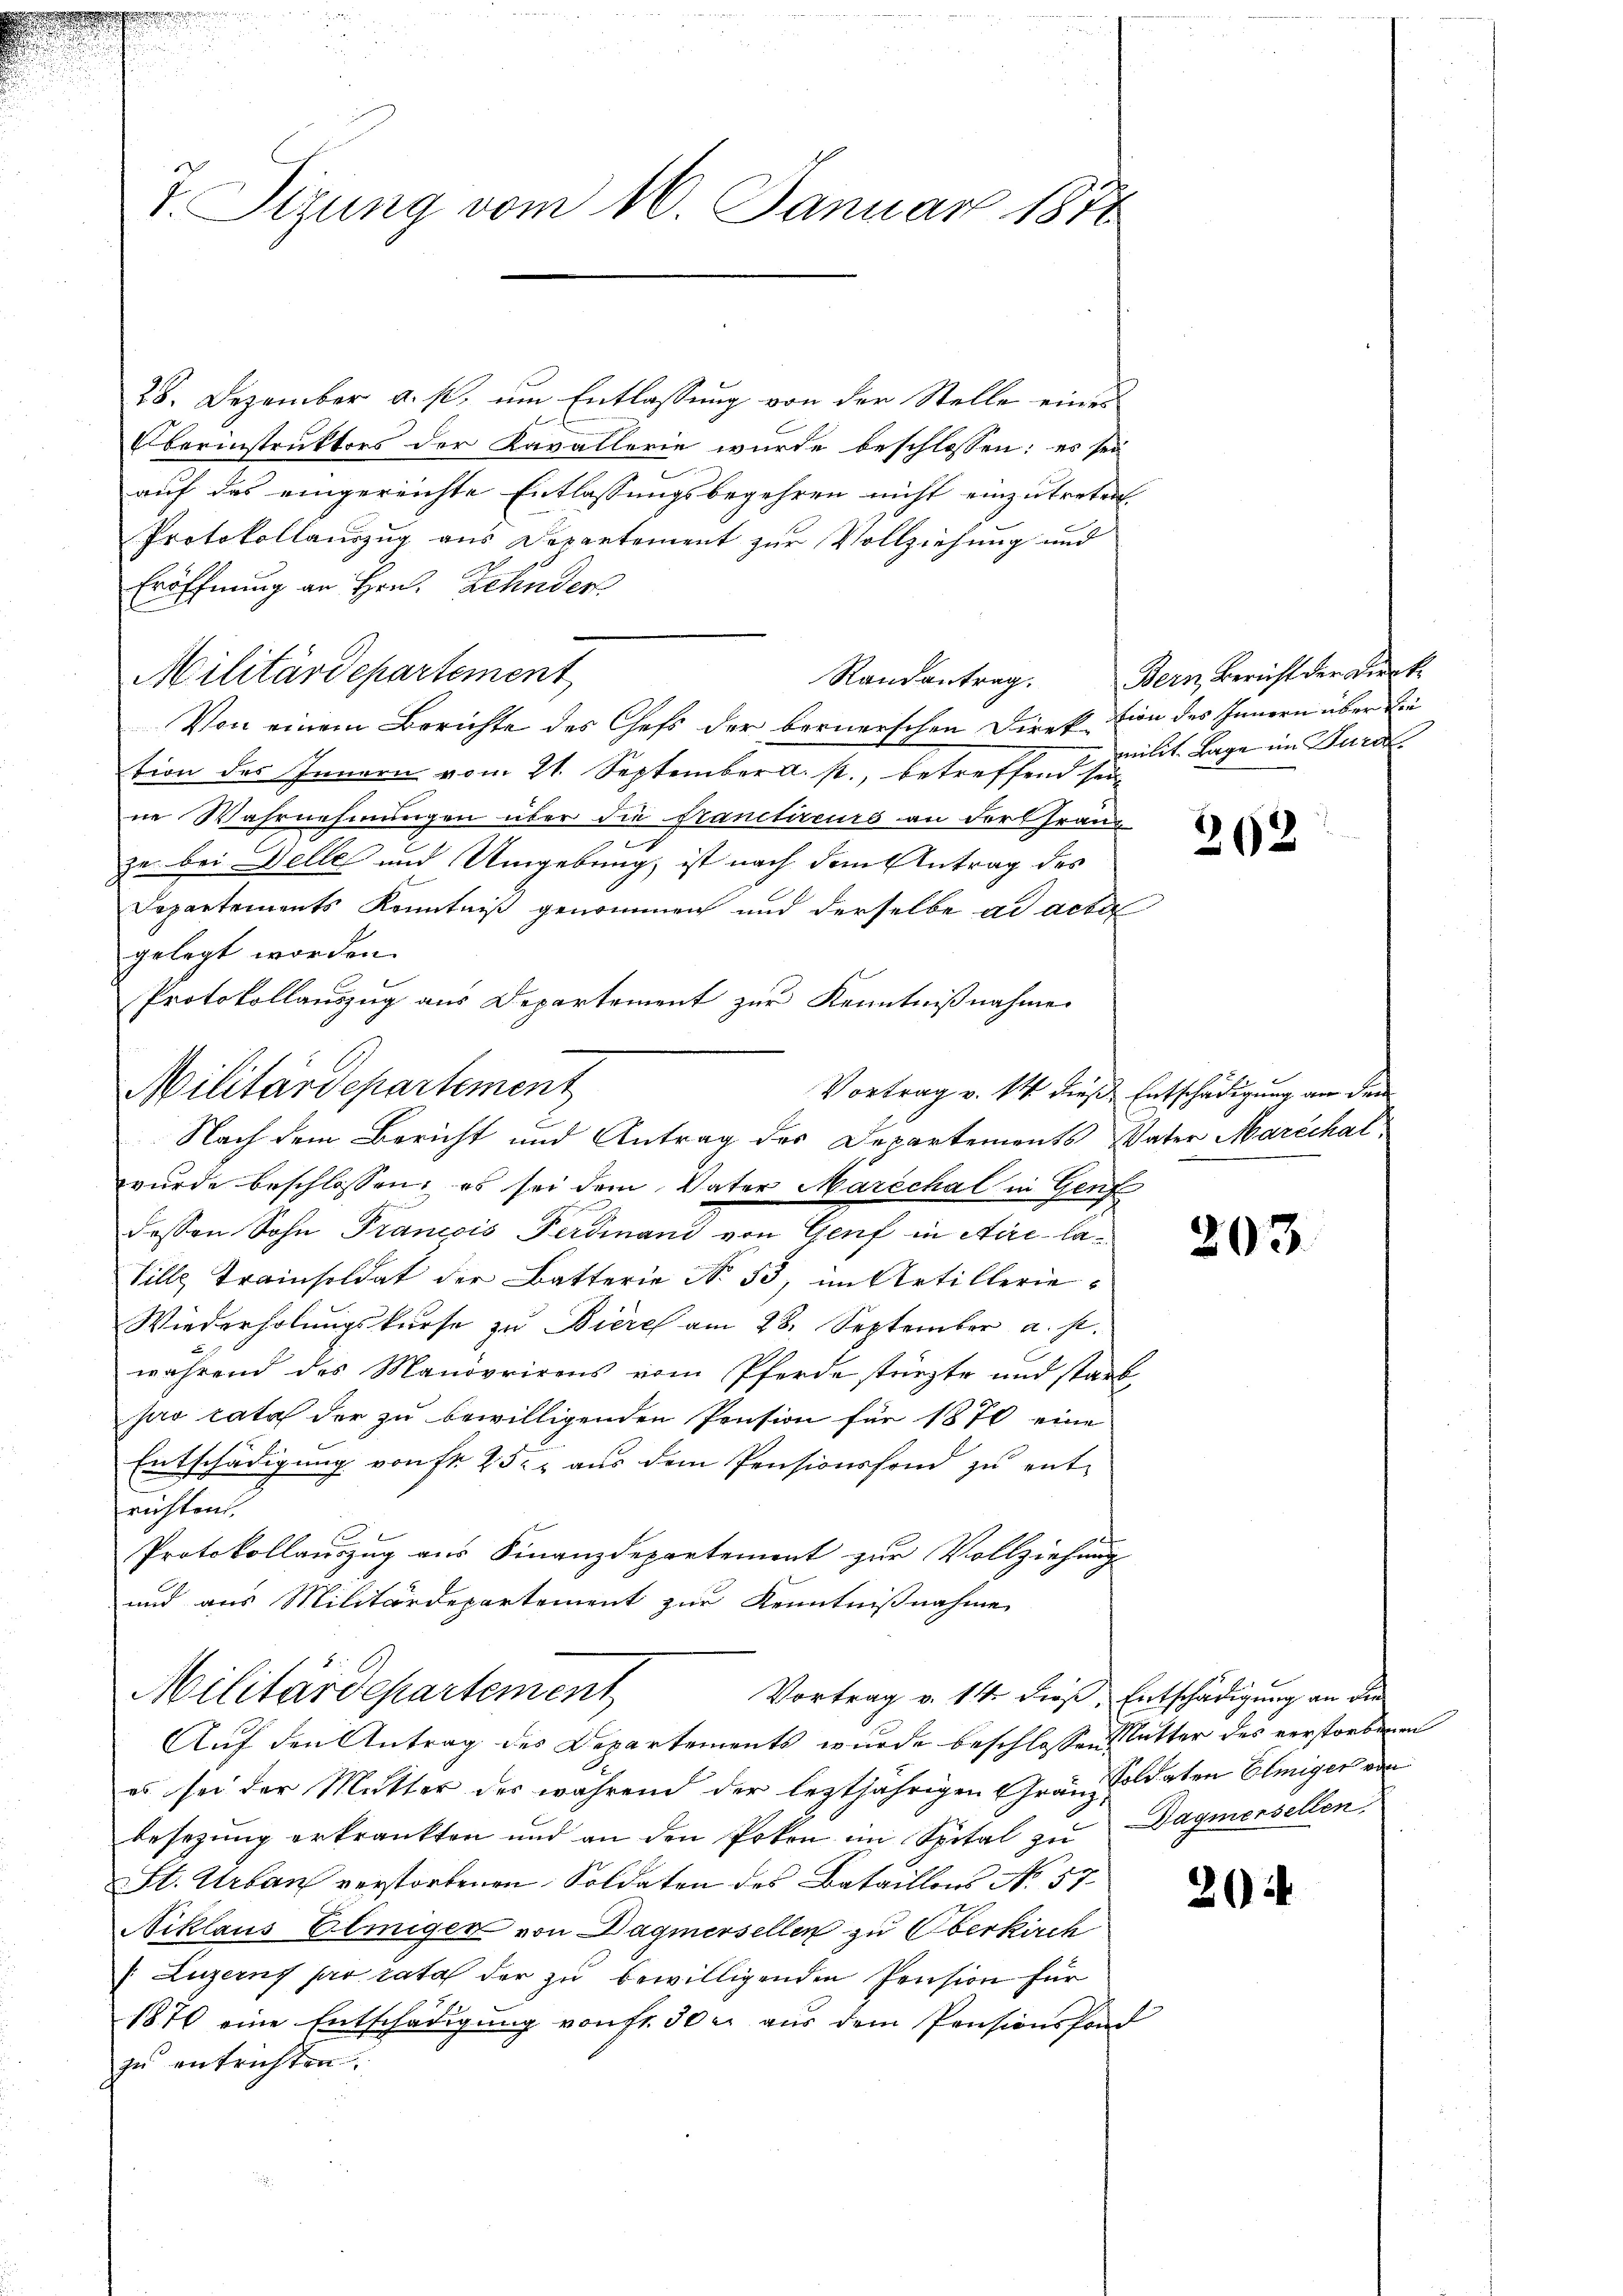
7. Sizung vom 16. Januar 1878

28. Dezember a. p. um Entlassung von der Stelle eines
Oberinstruktors der Kavallerie wurde beschlossen: es sei
auf das eingereichte Entlassungsbegehren nicht einzutreten.
Protokollauszug aus Departement zur Vollziehung und
Eröffnung an Hrn. Zehnder
Militärdepartement
Von einem Berichte des Chefs der bernerschen Direktion des Innern über bei
tion des Innern vom 21. September a. p., betreffend sei
ne Wahrnehmungen über die Sanctircurs an der Grauz
7
ze bei Delle und Umgebung, ist nach dem Antrag des
Departements Kenntniß genommen und derselbe ad acta
gelegt worden.
Protokollauszug aus Departement zur Kenntnißnahme
Militärdepartement
Vortrag v. 14 diese Entschädigung an dem
Nach dem Bericht und Antrag des Departements Vater Marechal
wurde beschlossen, es sei dem Vater Marechal in Genf
dessen Sohn Francois Ferdinand von Genf in Airi- la¬
Ville Trainsoldat der Batterie No. 53, im Artillerie¬
Wiederholŭngskurse zu Biere am 28. September a. p.
während des Manövrirens vom Pferde stürzte und starb,
pro rata der zu bewilligenden Pension für 1870 eine
Entschädigung von fr. 25. aus dem Pensionsfond zu ent-
richten.
Protokollauszug aus Finanzdepartement zur Vollziehung
und aus Militärdepartement zur Kenntnißnahme
Militärdepartement
Vortrag v. 14 dieß, Entschädigung an die
Auf den Antrag des Departements wurde beschlossen Mutter des verstorbenen
es sei der Mutter des während der leztjährigen Grau-Soldaten Elmiger von
besetzung erkrankten und an den Poten im Spital zu Dagmersellen
St. Urban verstorbenen Soldaten des Bataillons No 57.
Niklaus Eliniger von Dagmersellen zu Oberkirch
(Luzern pro rata der zu bewilligenden Pension für
1870 eine Entschädigung von fr. 50 r. aus dem Pensionsfond
zu entrichten.

un nich

Randantrag. Bern, Bericht der Dick

milit. Lage im Furc

202

203.

204